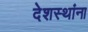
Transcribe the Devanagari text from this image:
देशस्थांना